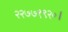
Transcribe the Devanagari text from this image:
२२७७१९२०।